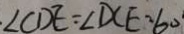
\angle C D E = \angle D C E = 6 0